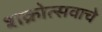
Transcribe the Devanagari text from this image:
शक्रोत्सवाचे